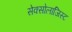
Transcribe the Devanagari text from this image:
सेक्सोलाजिस्ट